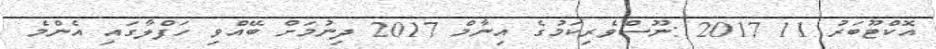
އޮކްޓޫބަރު 11 2017 :ނޫސްވެރިކަމުގެ އިނާމް 2017 ދިނުމަށް ބޭއްވި ހަފްލާގައި އެންމެ